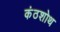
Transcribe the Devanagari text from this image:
कंठशोथ